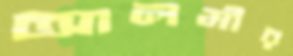
আলমীর